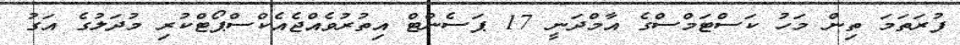
ފުރަތަމަ ތިން މަހު ކަސްޓަމްސްގެ އާމްދަނީ 17 ޕަސެންޓް އިތުރުވެއްޖެއެކްސްޕޯޓްކުރި މުދަލުގެ އަގު